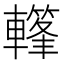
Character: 𨎳